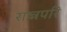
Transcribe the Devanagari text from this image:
राष्त्रपरि